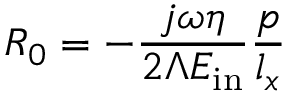
R _ { 0 } = - \frac { j \omega \eta } { 2 \Lambda E _ { \mathrm { i n } } } \frac { p } { l _ { x } }